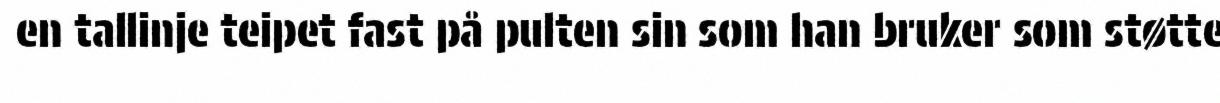
en tallinje teipet fast på pulten sin som han bruker som støtte